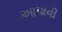
આપાવી